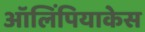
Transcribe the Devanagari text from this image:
ऑलिंपियाकेस